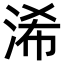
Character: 浠